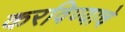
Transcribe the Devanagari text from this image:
करविण्याचे